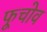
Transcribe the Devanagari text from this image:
फूचोव